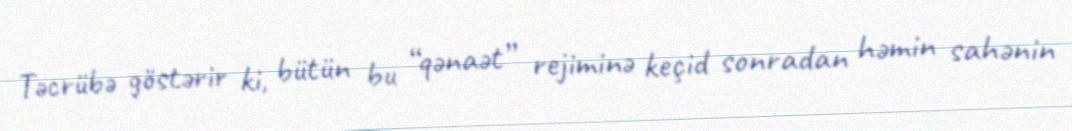
Təcrübə göstərir ki, bütün bu “qənaət” rejiminə keçid sonradan həmin sahənin